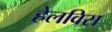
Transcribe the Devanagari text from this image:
हेलविस